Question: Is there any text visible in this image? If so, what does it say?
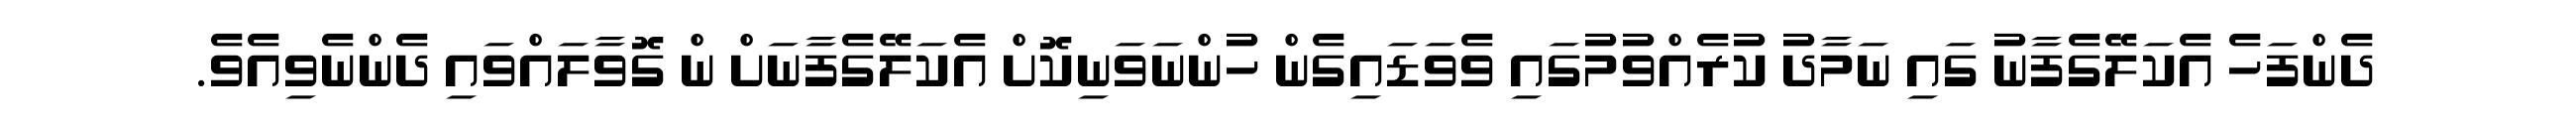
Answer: ދެންފަހެ އެކަލޭގެފާނު ގައި ނަމާދު ކުރެއްވުމުގައި ވެވަޑައިގެން ހުންނަވަނިކޮށް އެކަލޭގެފާނަށް ން ގޮވާލައްވައި ދެންނެވިއެވެ.